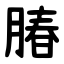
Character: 䐏